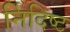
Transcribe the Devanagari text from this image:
र्निदिष्ट